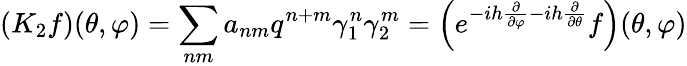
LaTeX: (K_{2}f)(\theta,\varphi)=\sum_{nm}a_{nm}q^{n+m}\gamma_{1}^{n}\gamma_{2}^{m}=\left(e^{-ih\frac{\partial}{\partial\varphi}-ih\frac{\partial}{\partial\theta}}f\right)(\theta,\varphi)